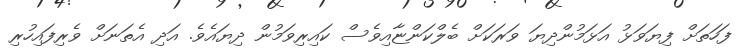
ފަހަތަށް ފިޔަވަޅު އަޅަމުންދިޔަ ވަރަކަށް ބެލްކަންޏާއިވެސް ކައިރިވަމުން ދިޔައެވެ. އަދި އެތަނަށް ވެރިފައިހުރި